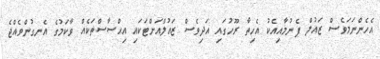
އެހެންނަމަވެސް ޒައުލް ފެނުމާއިއެކު އެހިތާ ރޫހުގައި އަދިވެސް ޒައުލްއަށްޓަކައި އިޙްސާސްތަކެއް ވާކަމުގެ އެނގުންވެއްޖެ